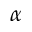
\alpha